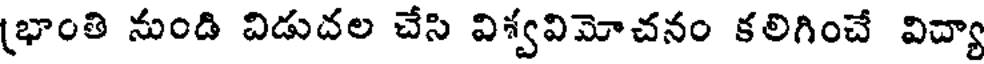
(భాంతి నుండి విడుదల చేసి విశ్వవిమోచనం కలిగించే విద్యా